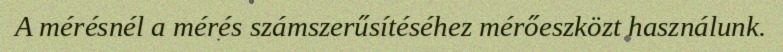
A mérésnél a mérés számszerűsítéséhez mérőeszközt használunk.